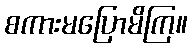
စကားမပြောမိကြ။